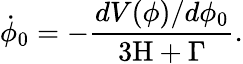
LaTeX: {\dot{\phi}}_{0}=-\frac{dV(\phi)/d\phi_{0}}{3\mathrm{H}+\Gamma}.